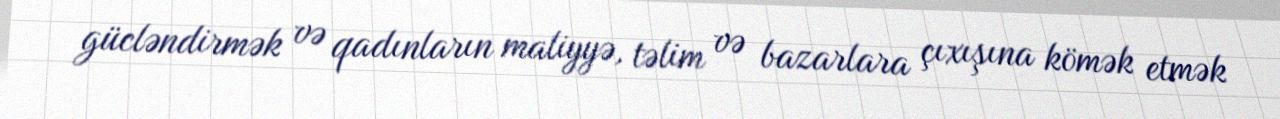
gücləndirmək və qadınların maliyyə, təlim və bazarlara çıxışına kömək etmək